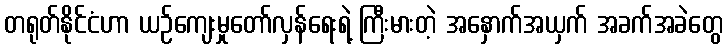
တရုတ်နိုင်ငံဟာ ယဉ်ကျေးမှုတော်လှန်ရေးရဲ့ ကြီးမားတဲ့ အနှောက်အယှက် အခက်အခဲတွေ